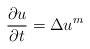
\begin{align*}\frac{\partial u}{\partial t}=\Delta u^m\end{align*}